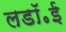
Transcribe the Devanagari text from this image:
लडॉ॰ई